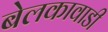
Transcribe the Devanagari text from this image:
बेलकावाडी